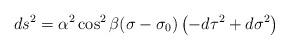
LaTeX: \begin{align*}ds^{2} = \alpha^{2}\cos^{2} \beta (\sigma - \sigma_{0}) \left ( -d\tau^{2}+ d\sigma^{2} \right )\end{align*}